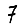
Digit: 7